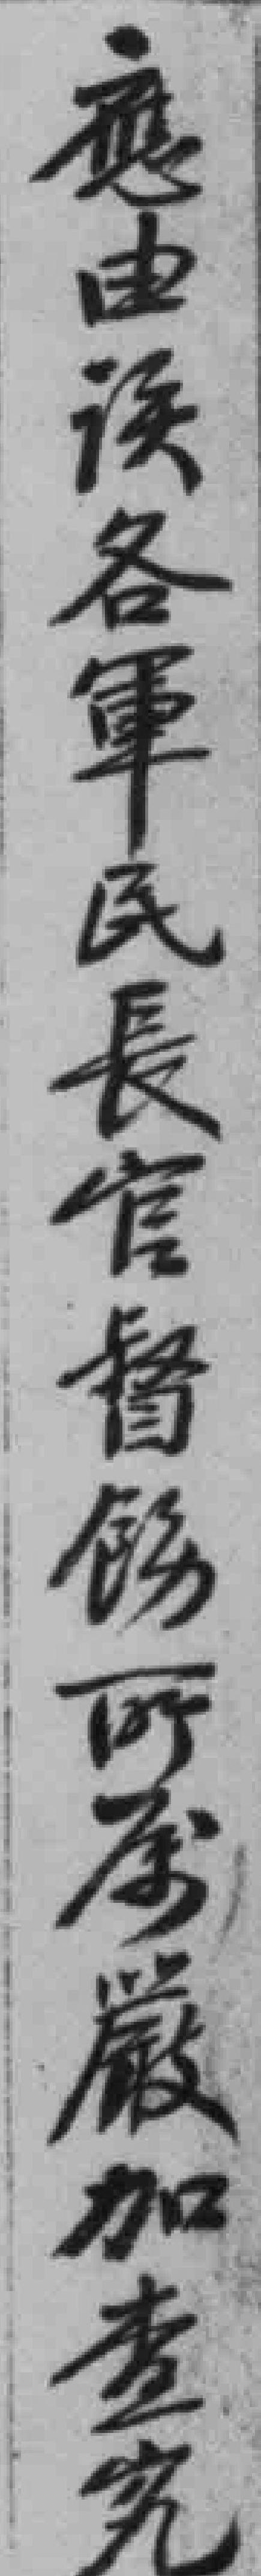
應由*各軍民長官督飭所屡嚴加查究